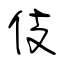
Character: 伎